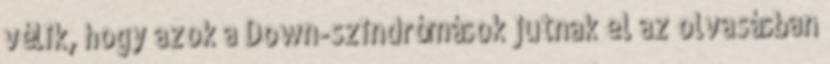
vélik, hogy azok a Down-szindrómások jutnak el az olvasásban